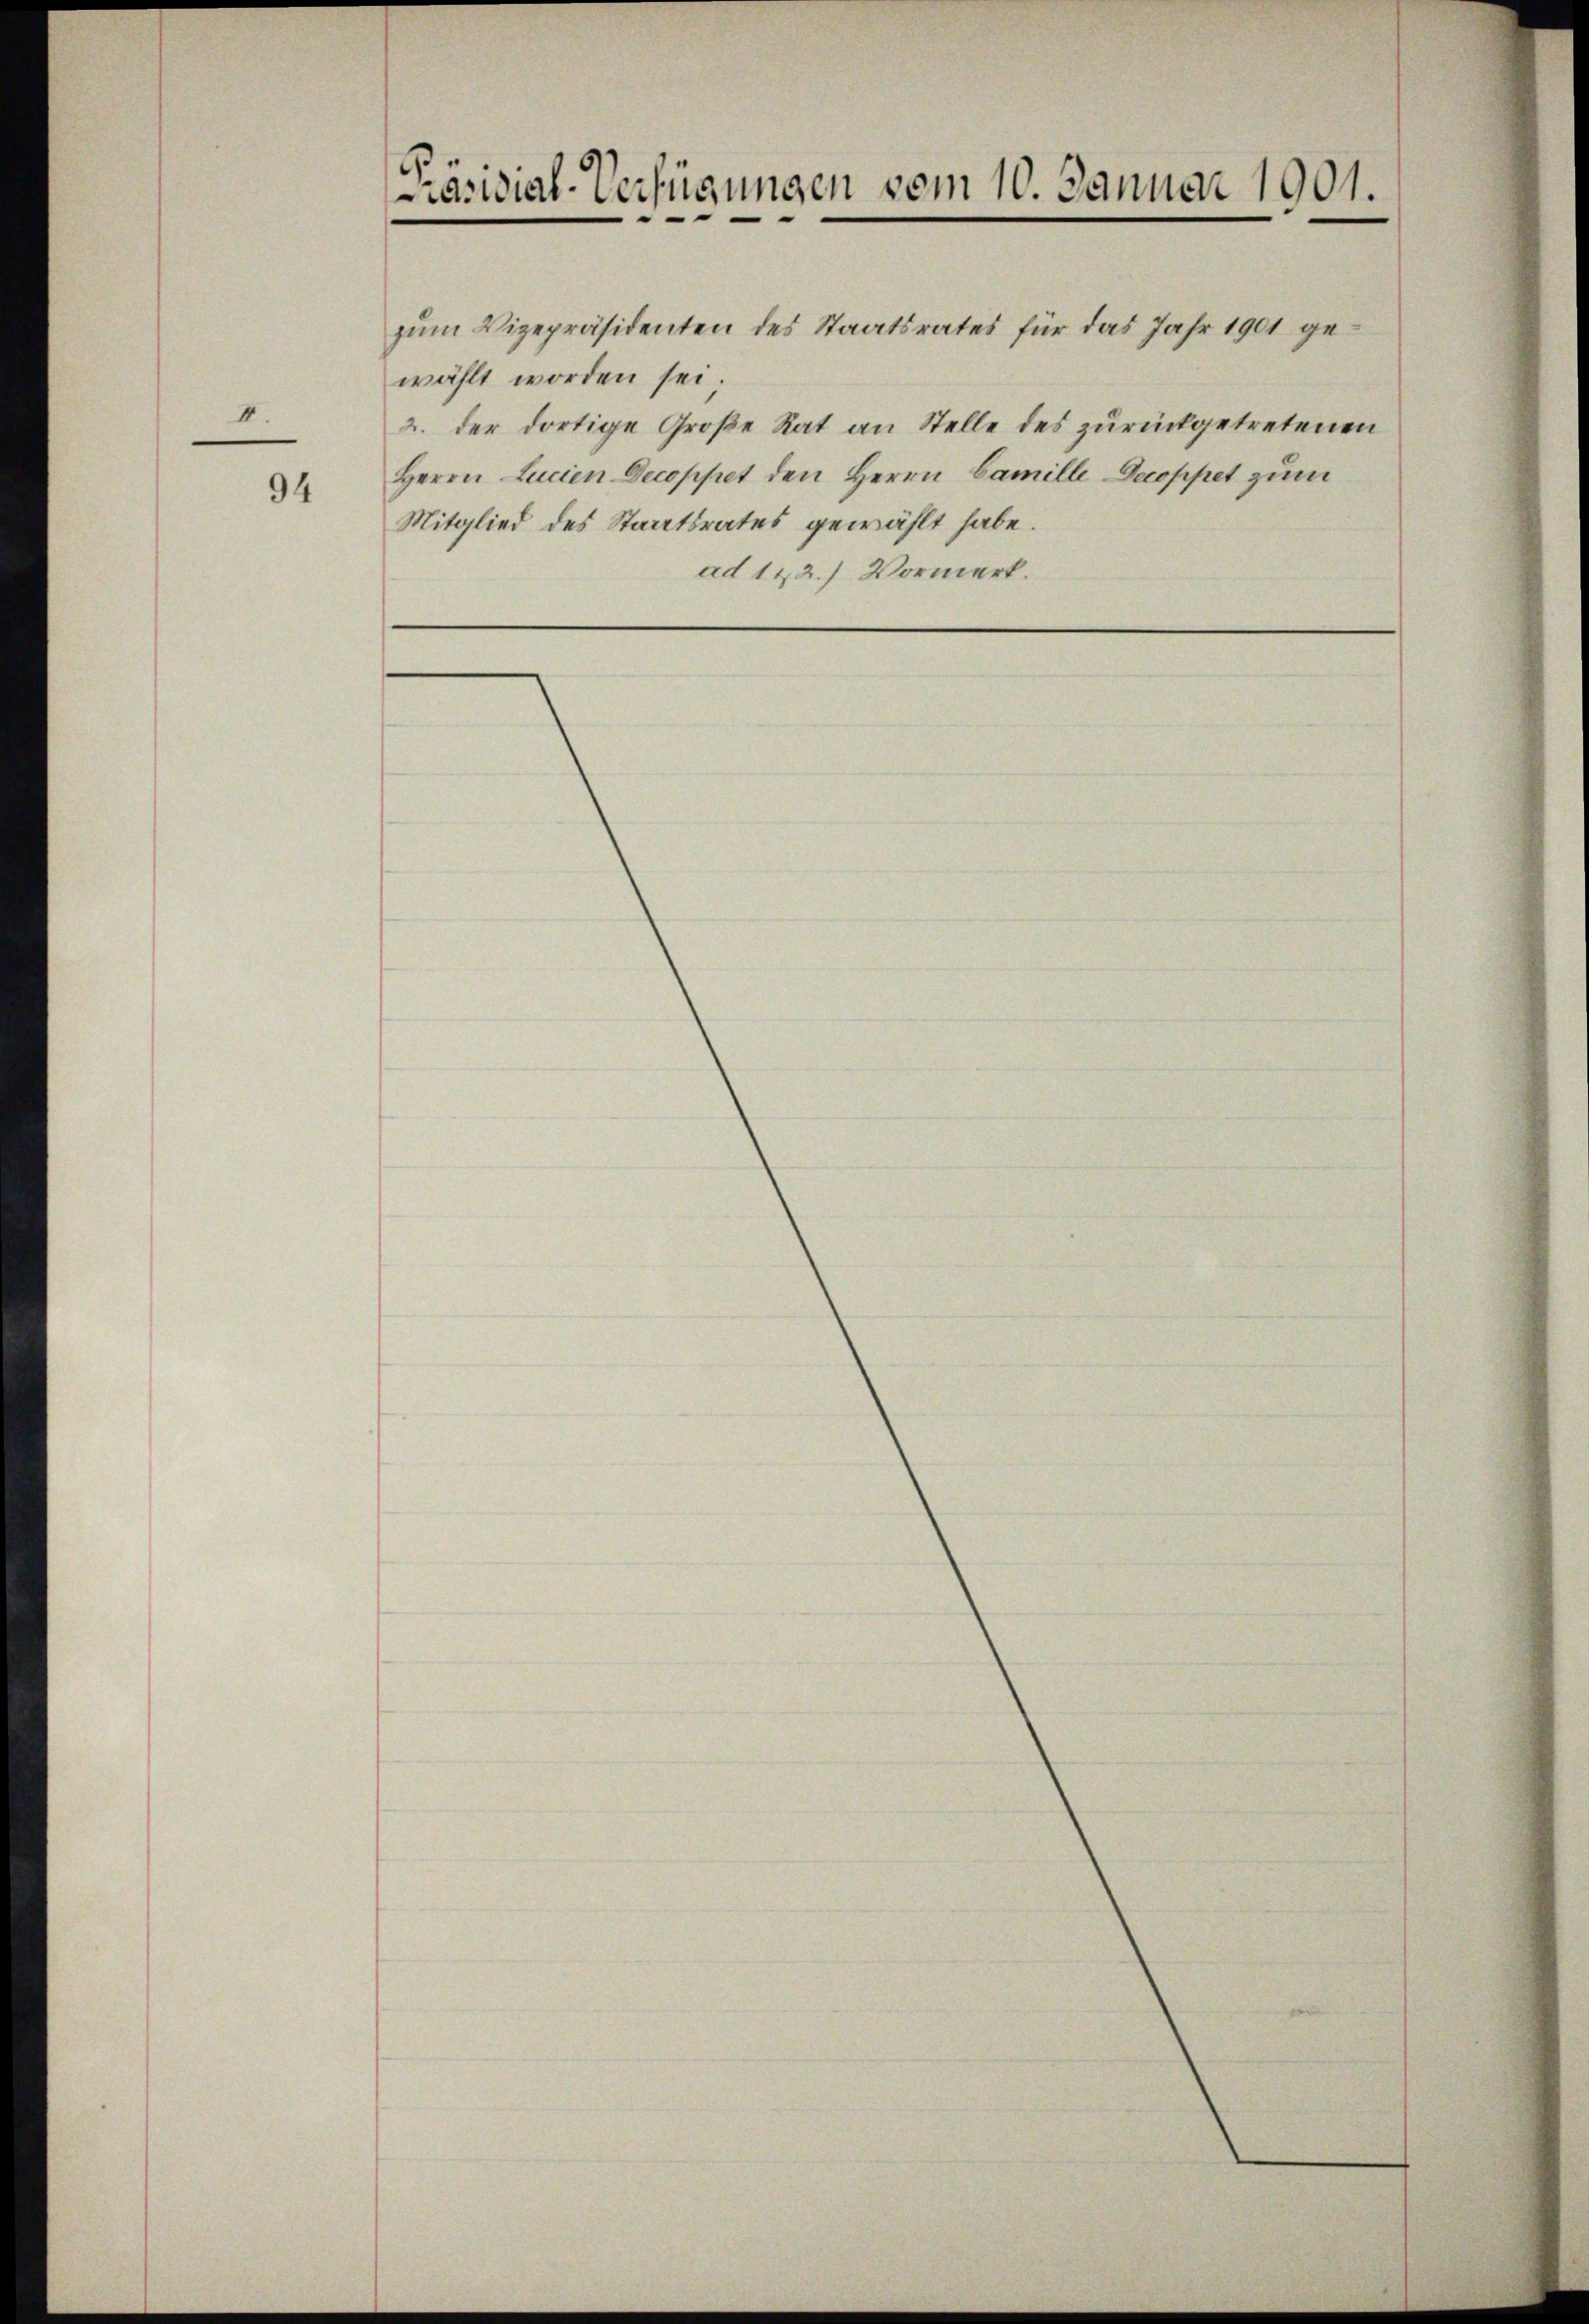
I

94

Präsidial-Verfügungen vom 10. Januar 1901.

zum Vizepräsidenten des Staatsrates für das Jahr 1901 gewählt worden sei.
2. der dortige Große Rat an Stelle des zurückgetretenen
Herrn Lucien Decoppet den Herrn Camille Decoppet zum
Mitglied des Staatsrates gewählt habe.
ad 122.) Vormerk.